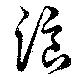
浪